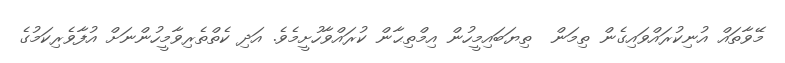
މޭވާތައް އުނިކުރައްވައިގެން ތިމަން  ތިޔަބައިމީހުން އިމްތިޙާން ކުރައްވާހުށީމެވެ. އަދި ކެތްތެރިވާމީހުންނަށް އުފާވެރިކަމުގެ